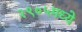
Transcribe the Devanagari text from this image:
२९०५मध्ये